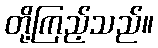
တို့ကြည့်သည်။